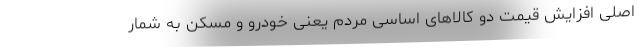
اصلی افزایش قیمت دو کالاهای اساسی مردم یعنی خودرو و مسکن به شمار